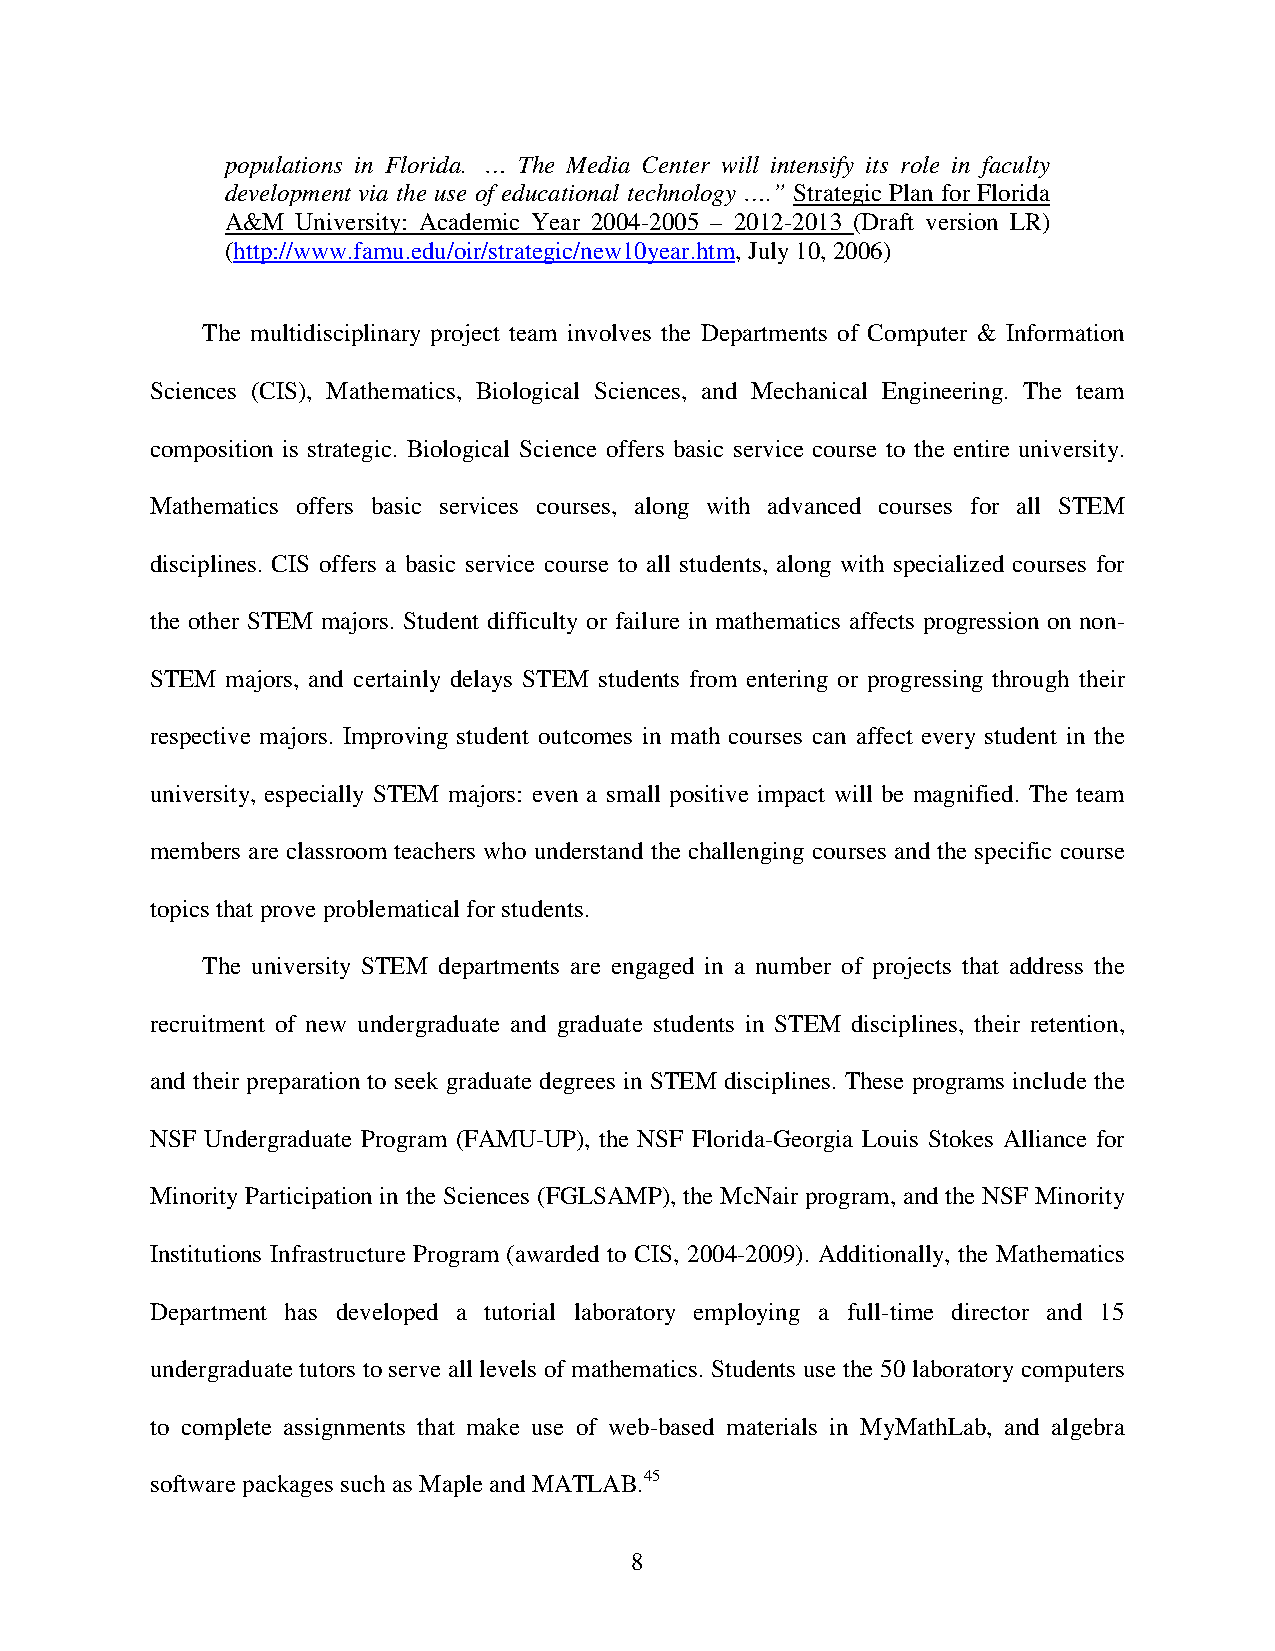
populations in Florida. … The Media Center will intensify its role in faculty
 development via the use of educational technology ….” Strategic Plan for Florida
 A&M  University: Academic Year 2004-2005 – 2012-2013 (Draft version LR)
 (http://www.famu.edu/oir/strategic/new10year.htm, July 10, 2006)
 The multidisciplinary project team involves the Departments of Computer & Information
 Sciences (CIS), Mathematics, Biological Sciences, and Mechanical Engineering. The team
 composition is strategic. Biological Science offers basic service course to the entire university.
 Mathematics offers basic services courses, along with advanced courses for all STEM
 disciplines. CIS offers a basic service course to all students, along with specialized courses for
 the other STEM majors. Student difficulty or failure in mathematics affects progression on non-
 STEM majors, and certainly delays STEM students from entering or progressing through their
 respective majors. Improving student outcomes in math courses can affect every student in the
 university, especially STEM majors: even a small positive impact will be magnified. The team
 members are classroom teachers who understand the challenging courses and the specific course
 topics that prove problematical for students.
 The university STEM departments are engaged in a number of projects that address the
 recruitment of new undergraduate and graduate students in STEM disciplines, their retention,
 and their preparation to seek graduate degrees in STEM disciplines. These programs include the
 NSF Undergraduate Program (FAMU-UP), the NSF Florida-Georgia Louis Stokes Alliance for
 Minority Participation in the Sciences (FGLSAMP), the McNair program, and the NSF Minority
 Institutions Infrastructure Program (awarded to CIS, 2004-2009). Additionally, the Mathematics
 Department has developed a tutorial laboratory employing a full-time director and 15
 undergraduate tutors to serve all levels of mathematics. Students use the 50 laboratory computers
 to complete assignments that make use of web-based materials in MyMathLab, and algebra
 software packages such as Maple and MATLAB.45
 8